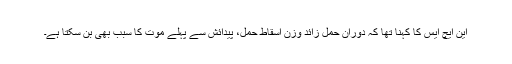
این ایچ ایس کا کہنا تھا کہ دوران حمل زائد وزن اسقاط حمل، پیدائش سے پہلے موت کا سبب بھی بن سکتا ہے۔